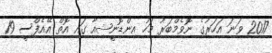
2017 ވަނަ އަހަރުގެ ނޮވެމްބަރު މަހު އިންޑޮނީޝިއާ ގައި އޮތް އޭއެފްސީ 19